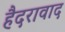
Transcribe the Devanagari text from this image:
हैदरावाद